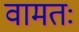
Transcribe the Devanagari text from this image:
वामतः